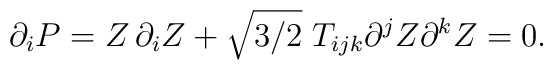
\partial _i P =  Z \, \partial _i Z   +  \sqrt {3/ 2} \;  T_{ijk}\partial ^j Z\partial ^k Z=0.